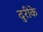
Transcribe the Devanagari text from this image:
दुरीके